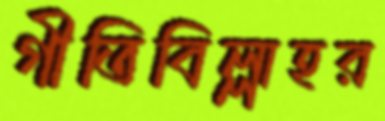
গীতিবিল্লাহর